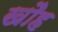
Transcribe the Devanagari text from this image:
खौह